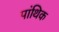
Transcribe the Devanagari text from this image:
पांथिक